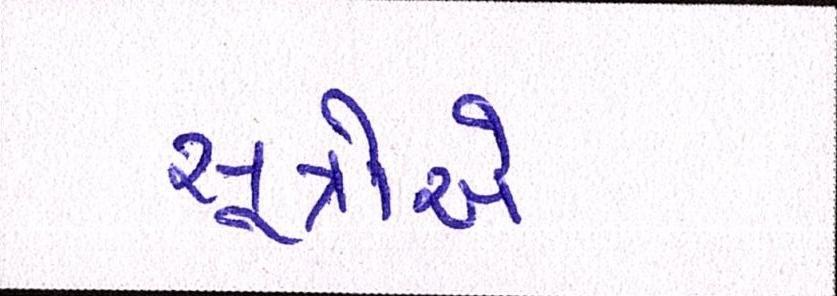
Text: સૂત્રોએ